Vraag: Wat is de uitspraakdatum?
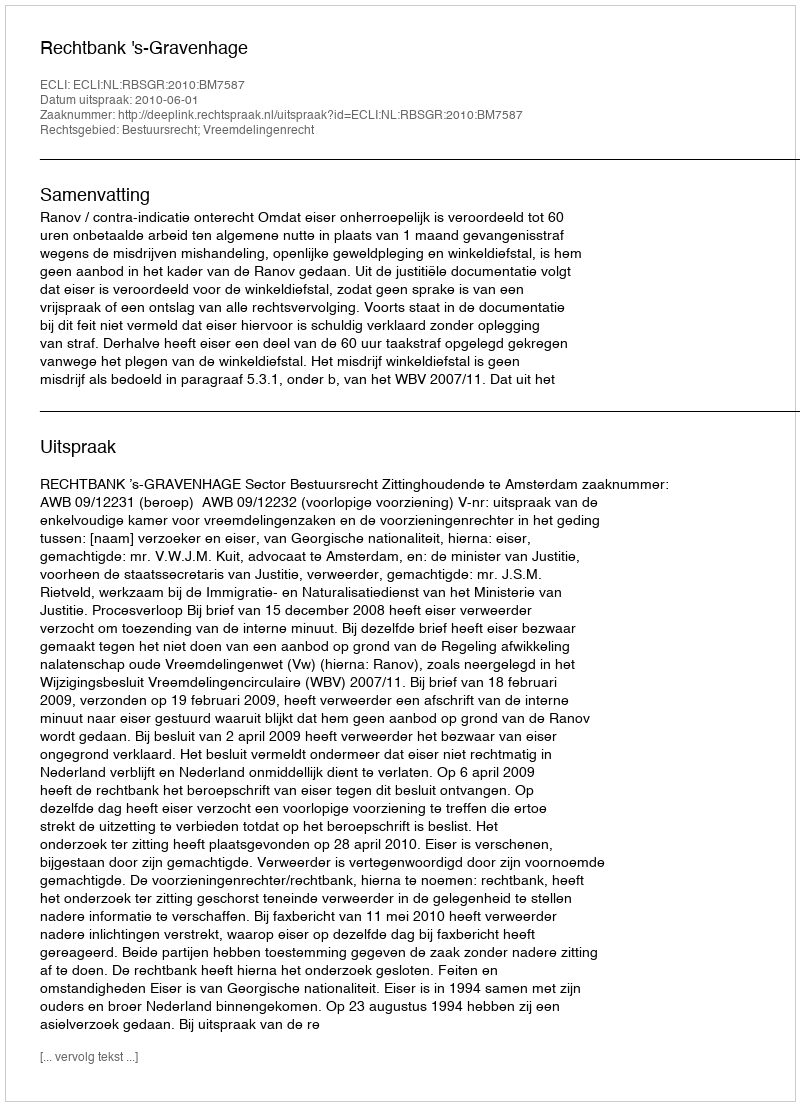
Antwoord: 2010-06-01